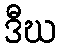
ဒီဃ